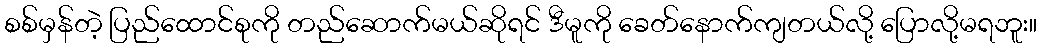
စစ်မှန်တဲ့ ပြည်ထောင်စုကို တည်ဆောက်မယ်ဆိုရင် ဒီမူကို ခေတ်နောက်ကျတယ်လို့ ပြောလို့မရဘူး။